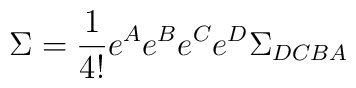
\Sigma = \frac{1}{4!}e^{A}e^{B}e^{C}e^{D}\Sigma_{DCBA}